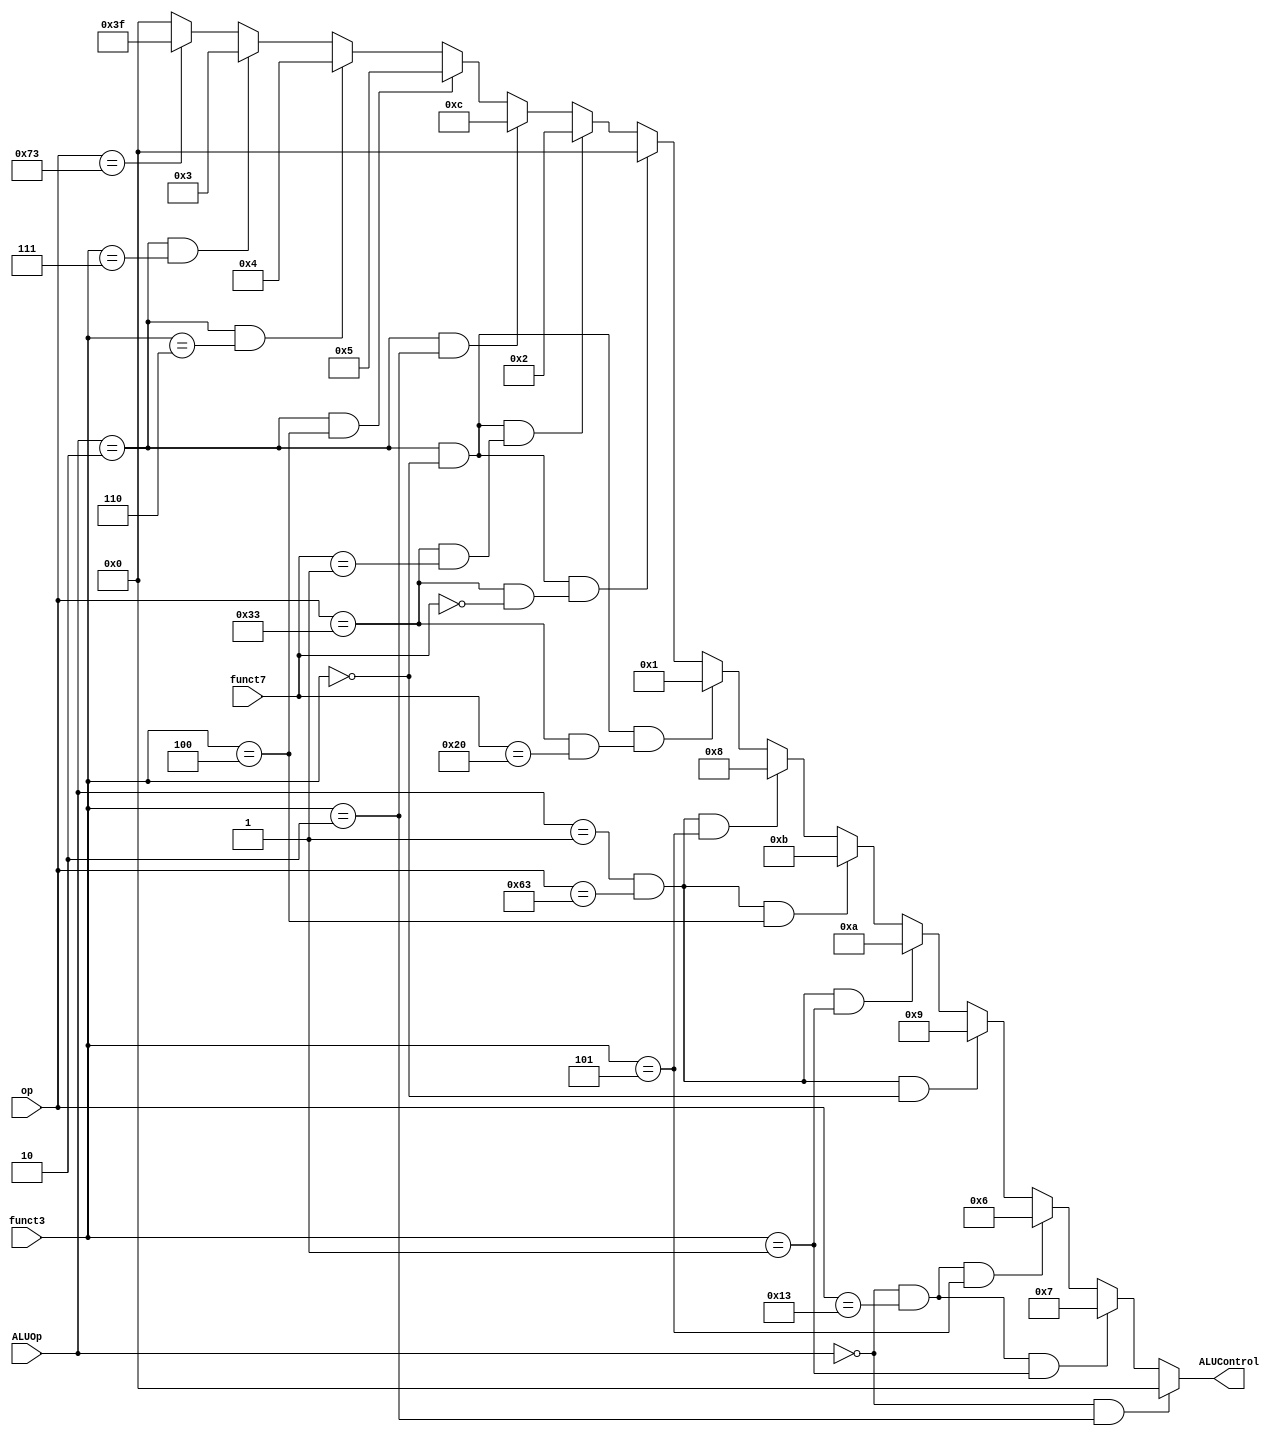
// This program was cloned from: https://github.com/theuppercaseguy/FYP--Risc-V-32-bit-Matrix-Mac
// License: GNU General Public License v3.0

`timescale 1ns / 1ps
//////////////////////////////////////////////////////////////////////////////////
// Company: 
// Engineer: 
// 
// Design Name: 
// Module Name: ALU_Decoder
// Project Name: 
// Target Devices: 
// Tool Versions: 
// Description: 
// 
// Dependencies: 
// 
// Revision:
// Revision 0.01 - File Created
// Additional Comments:
// 
//////////////////////////////////////////////////////////////////////////////////



module ALU_Decoder(ALUOp,funct3,funct7,op,ALUControl);

    input [1:0]ALUOp;
    input [2:0]funct3;
    input [6:0]funct7,op;
    
    output [5:0]ALUControl;
     // I-Type Basic Instructions => SLLI, SRLI, SRAI, ADDI, LI ETC => OP => 0010011
        // parameter I_ADDI_op = 7'b0010011;   //ADDI  => OP => 0010011 => I-TYPE
        parameter I_op_basic = 7'b0010011;   //ADDI  => OP => 0010011 => I-TYPE
          
                                                   
        // R-type Instructions: => ADD, SUB, AND, OR, XOR, SLL, SRL, SLT => SAME OPCODE => 0110011
        parameter R_op_basic = 7'b0110011;  
                                        
       
       //B-TYPE INSTRUCTIONS
        parameter B_op_basic = 7'b1100011;  //BEQ = BNE = BLT = BGE => OP => 1100011 SAME OP CODE
                
        //Ecall, Ebreak, END
        parameter ECALL = 7'b1110011;
    

    // Method 2
  assign ALUControl = ((ALUOp == 2'b00) & (funct3 == 3'b010) ) ? 6'b000000 :    //lw, sw
                      ((ALUOp == 2'b00) & ( op == I_op_basic ) & (funct3 == 3'b001) ) ? 6'b000111 :    //SLLI
                      ((ALUOp == 2'b00) & ( op == I_op_basic ) & (funct3 == 3'b101) ) ? 6'b000110 :    //SRLI
                      ((ALUOp == 2'b01) & ( op == B_op_basic ) & (funct3 == 3'b000) ) ? 6'b001001 :   // beq, branch if equal
                      ((ALUOp == 2'b01) & ( op == B_op_basic ) & (funct3 == 3'b001) ) ? 6'b001010 :   // bne, branch if equal
                      ((ALUOp == 2'b01) & ( op == B_op_basic ) & (funct3 == 3'b100) ) ? 6'b001011 :   // blt, branch if equal
                      ((ALUOp == 2'b01) & ( op == B_op_basic ) & (funct3 == 3'b101) ) ? 6'b001000 :   // bge, branch if equal
                      ((ALUOp == 2'b10) & (funct3 == 3'b000) & ( op == R_op_basic & funct7 == 7'b0100000 )) ? 6'b000001 : //arithmetic subtraction 
                      ((ALUOp == 2'b10) & (funct3 == 3'b000) & ( op == R_op_basic & funct7 == 7'b0000000 )) ? 6'b000000 : //arithmetic addition
                      ((ALUOp == 2'b10) & (funct3 == 3'b000) & ( op == R_op_basic & funct7 == 7'b0000001 )) ? 6'b000010 : //arithmetic signed Multiplication
                      ((ALUOp == 2'b10) & (funct3 == 3'b010)) ? 6'b001100 : //slt 
                      ((ALUOp == 2'b10) & (funct3 == 3'b100)) ? 6'b000101 : //xor
                      ((ALUOp == 2'b10) & (funct3 == 3'b110)) ? 6'b000100 : //or
                      ((ALUOp == 2'b10) & (funct3 == 3'b111)) ? 6'b000011 : //and
                      (op == ECALL )    ? 6'b111111 : //ECALL, EBREAK, END
                                          6'b000000 ; //lw,sw
    


endmodule